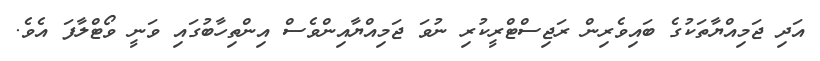
އަދި ޖަމިއްޔާތަކުގެ ބައިވެރިން ރަޖިސްޓްރީކުރި ނުވަ ޖަމިއްޔާއިންވެސް އިންތިހާބުގައި ވަނީ ވޯޓްލާފަ އެވެ.